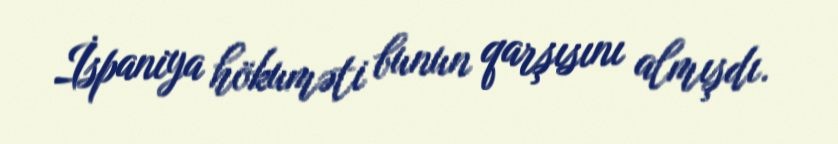
İspaniya hökuməti bunun qarşısını almışdı.